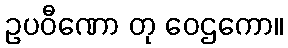
ဥပဝီဏော တု ဝေဌကော။